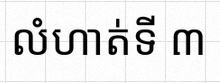
លំហាត់ទី ៣